Indian journal of veterinary science and animal husbandry - Volumes 22-23, 1952-1953
Year: 1952
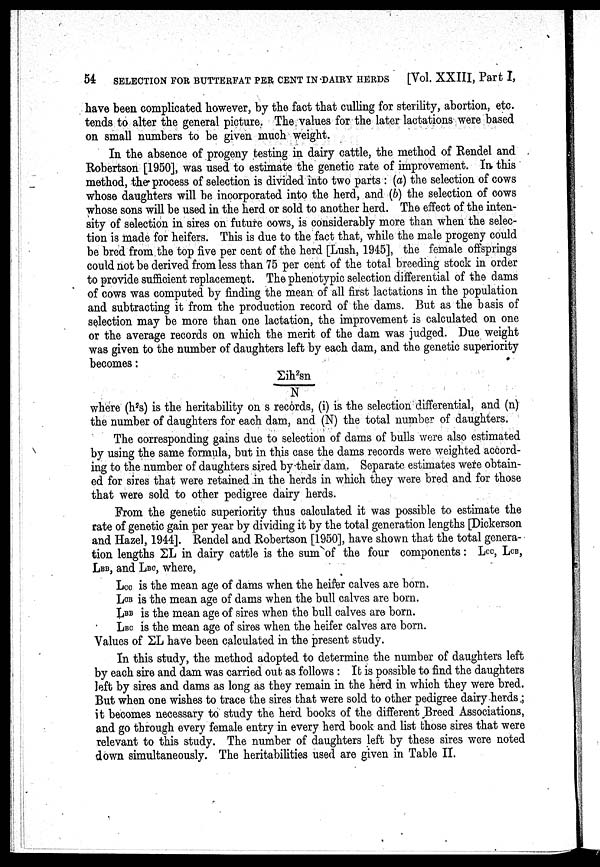
54 SELECTION FOR BUTTERFAT PER CENT IN DAIRY HERDS [Vol. XXIII, Part I,
have been complicated however, by the fact that culling for sterility, abortion, etc.
tends to alter the general picture. The, values for the later lactations were based
on small numbers to be given much weight.
In the absence of progeny testing in dairy cattle, the method of Rendel and
Robertson [1950], was used to estimate the genetic rate of improvement. In this
method, the process of selection is divided into two parts: (a) the selection of cows
whose daughters will be incorporated into the herd, and (b) the selection of cows
whose sons will be used in the herd or sold to another herd. The effect of the inten
sity of selection in sires on future cows, is considerably more than when the selec
tion is made for heifers. This is due to the fact that, while the male progeny could
be bred from the top five per cent of the herd [Lush, 1945], the female offsprings
could not be derived from less than 75 per cent of the total breeding stock in order
to provide sufficient replacement. The phenotypic selection differential of the dams
of cows was computed by finding the mean of all first lactations in the population
and subtracting it from the production record of the dams. But as the basis of
selection may be more than one lactation, the improvement is calculated on one
or the average records on which the merit of the dam was judged. Due weight
was given to the number of daughters left by each dam, and the genetic superiority
becomes:
Σih 2 sn
N
where (h 2 s) is the heritability on s records, (i) is the selection differential, and (n)
the number of daughters for each dam, and (N) the total number of daughters.
The corresponding gains due to selection of dams of bulls were also estimated
by using the same formula, but in this case the dams records were weighted accord
ing to the number of daughters sired by their dam. Separate estimates were obtain
ed for sires that were retained in the herds in which they were bred and for those
that were sold to other pedigree dairy herds.
From the genetic superiority thus calculated it was possible to estimate the
rate of genetic gain per year by dividing it by the total generation lengths [Dickerson
and Hazel, 1944]. Rendel and Robertson [1950], have shown that the total genera
tion lengths ΣL in dairy cattle is the sum of the four components: Lee, LCB,
LBB, and LBO, where,
Lcc is the mean age of dams when the heifer calves are born.
LOB is the mean age of dams when the bull calves are born.
JBB is the mean age of sires when the bull calves are born.
LBC is the mean age of sires when the heifer calves are born.
Values of EL have been calculated in the present study.
In this study, the method adopted to determine the number of daughters left
by each sire and dam was carried out as follows: It is possible to find the daughters
left by sires and dams as long as they remain in the herd in which they were bred.
But when one wishes to trace the sires that were sold to other pedigree dairy herds;
it becomes necessary to study the herd books of the different Breed Associations,
and go through every female entry in every herd book and list those sires that were
relevant to this study. The number of daughters left by these sires were noted
down simultaneously. The heritabilities used are given in Table II.